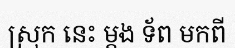
ស្រុក នេះ ម្តង ទ័ព មកពី